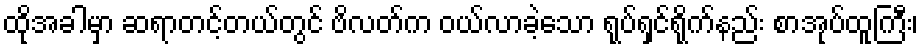
ထိုအခါမှာ ဆရာတင့်တယ်တွင် ဗိလတ်က ဝယ်လာခဲ့သော ရုပ်ရှင်ရိုက်နည်း စာအုပ်ထူကြီး၊